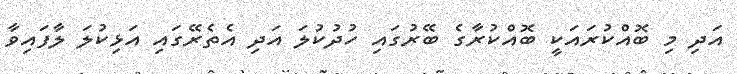
އަދި މި ބޮއްކުރައަކީ ބޮއްކުރާގެ ބޭރުގައި ހުދުކުލަ އަދި އެތެރޭގައި އަޅިކުލަ ލާފައިވާ